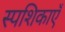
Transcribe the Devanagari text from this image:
स्पशिकाएँ